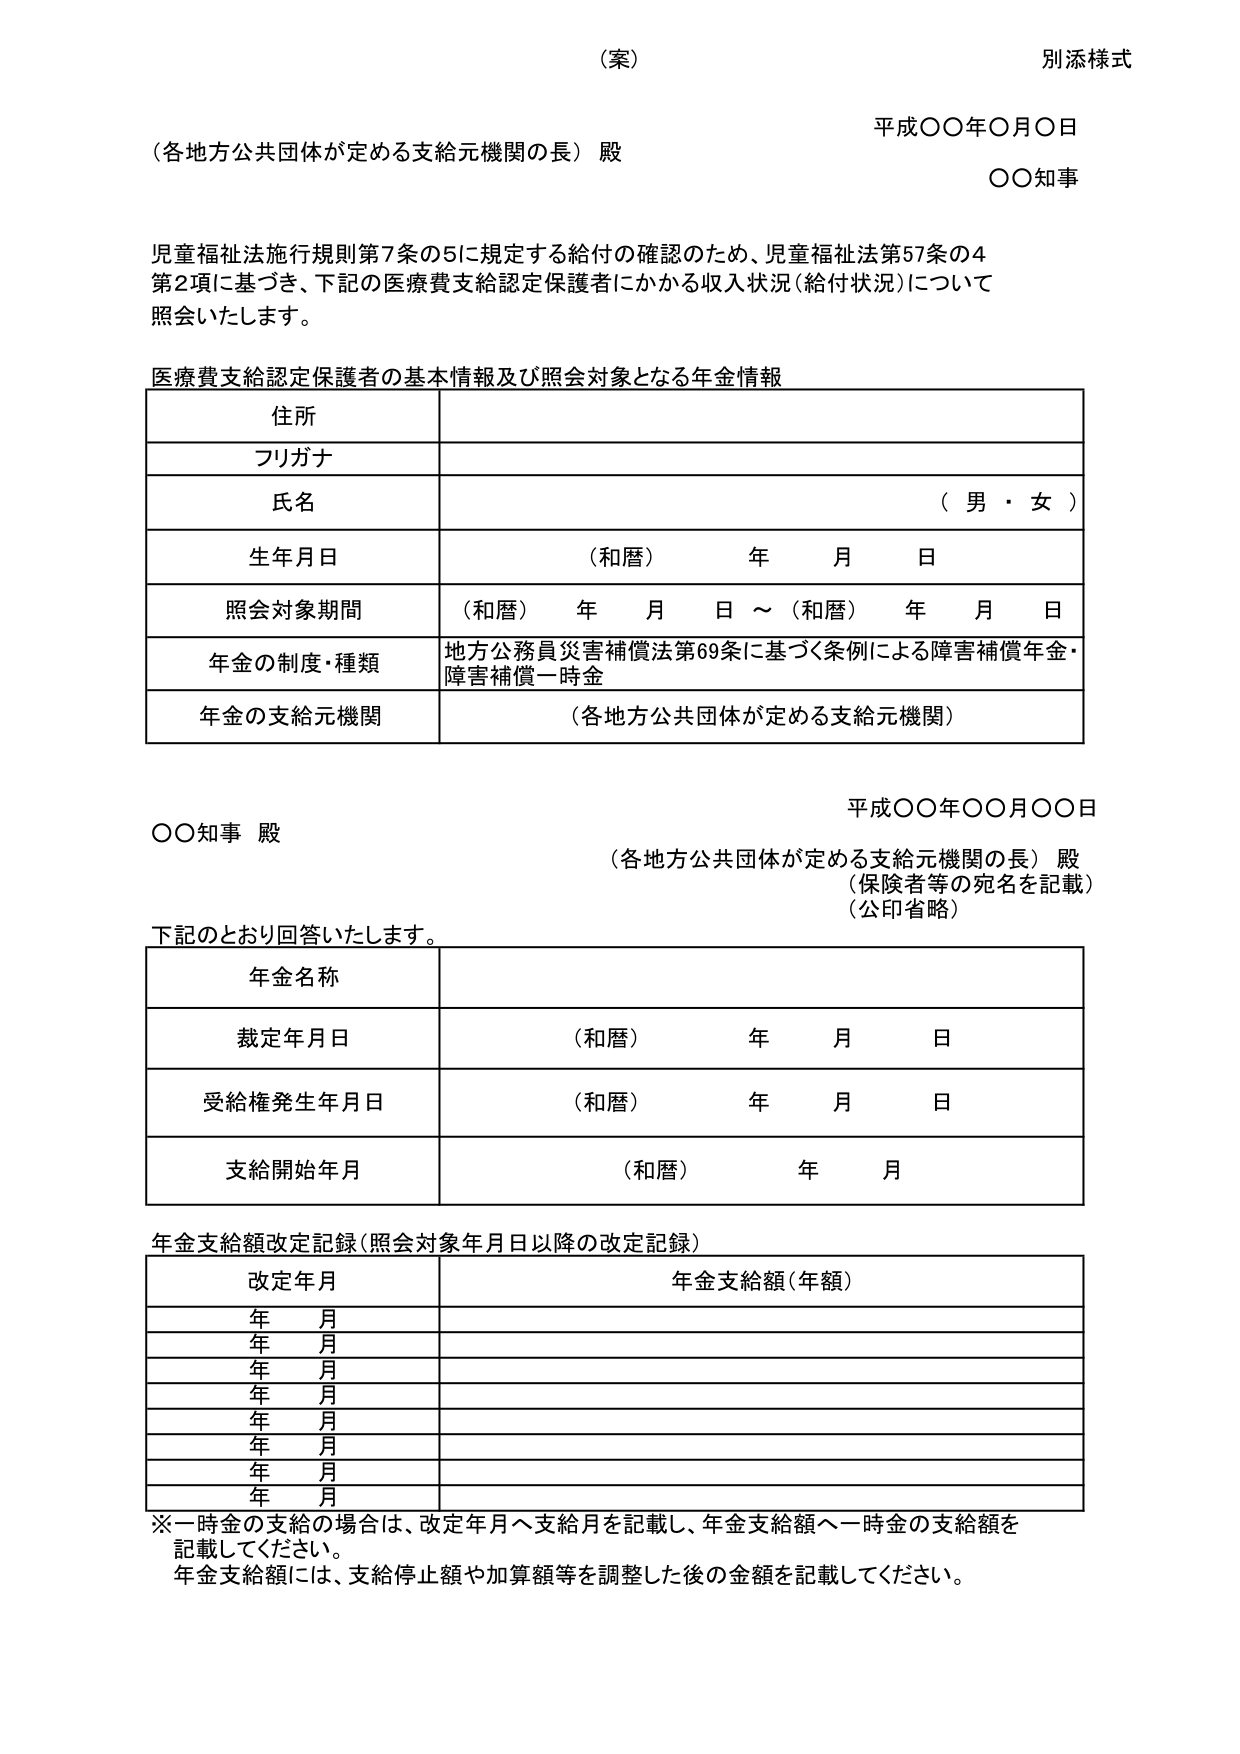
（案）
別添様式

平成〇〇年〇月〇日
（各地方公共団体が定める支給元機関の長） 殿
〇〇知事

児童福祉法施行規則第7条の5に規定する給付の確認のため、児童福祉法第57条の4
第2項に基づき、下記の医療費支給認定保護者にかかる収入状況（給付状況）について
照会いたします。

医療費支給認定保護者の基本情報及び照会対象となる年金情報

| 住所 |
|---|
| フリガナ |
| 氏名 | （男・女） |
| 生年月日 | （和暦） 年 月 日 |
| 照会対象期間 | （和暦） 年 月 日 ～ （和暦） 年 月 日 |
| 年金の制度・種類 | 地方公務員災害補償法第69条に基づく条例による障害補償年金・障害補償一時金 |
| 年金の支給元機関 | （各地方公共団体が定める支給元機関） |

平成〇〇年〇〇月〇〇日
〇〇知事 殿
（各地方公共団体が定める支給元機関の長） 殿
（保険者等の宛名を記載）
（公印省略）

下記のとおり回答いたします。

| 年金名称 |
|---|
| 裁定年月日 | （和暦） 年 月 日 |
| 受給権発生年月日 | （和暦） 年 月 日 |
| 支給開始年月 | （和暦） 年 月 |

年金支給額改定記録（照会対象年月日以降の改定記録）

| 改定年月 | 年金支給額（年額） |
|---|---|
| 年 月 | |
| 年 月 | |
| 年 月 | |
| 年 月 | |
| 年 月 | |
| 年 月 | |
| 年 月 | |
| 年 月 | |

※一時金の支給の場合は、改定年月へ支給月を記載し、年金支給額へ一時金の支給額を
記載してください。
年金支給額には、支給停止額や加算額等を調整した後の金額を記載してください。